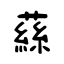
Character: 蕬